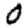
Digit: 0